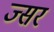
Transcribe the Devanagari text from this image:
ज्सर